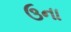
ઉના